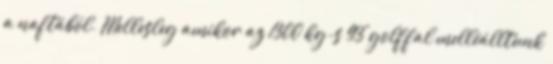
a naftából. Mellesleg amikor az 1300 kg-s 93'golffal melléálltunk